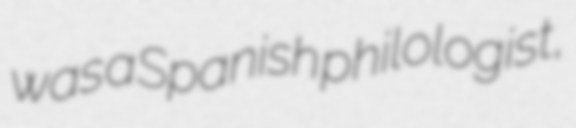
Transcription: was a Spanish philologist,